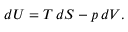
d U = T \, d S - p \, d V .